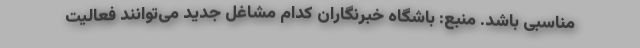
مناسبی باشد. منبع: باشگاه خبرنگاران کدام مشاغل جدید می‌توانند فعالیت